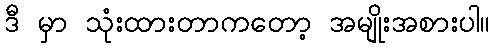
ဒီ မှာ သုံးထားတာကတော့ အမျိုးအစားပါ။